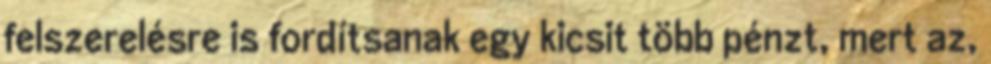
felszerelésre is fordítsanak egy kicsit több pénzt, mert az,